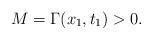
LaTeX: \begin{align*}M=\Gamma (x_1,t_1)>0.\end{align*}